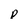
Character: P